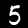
Label: 5